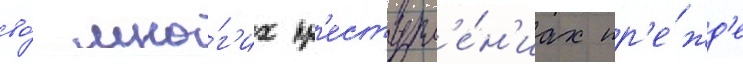
во́ мно́г'их пр'еступл'е́н'иах пр'е́жд'е